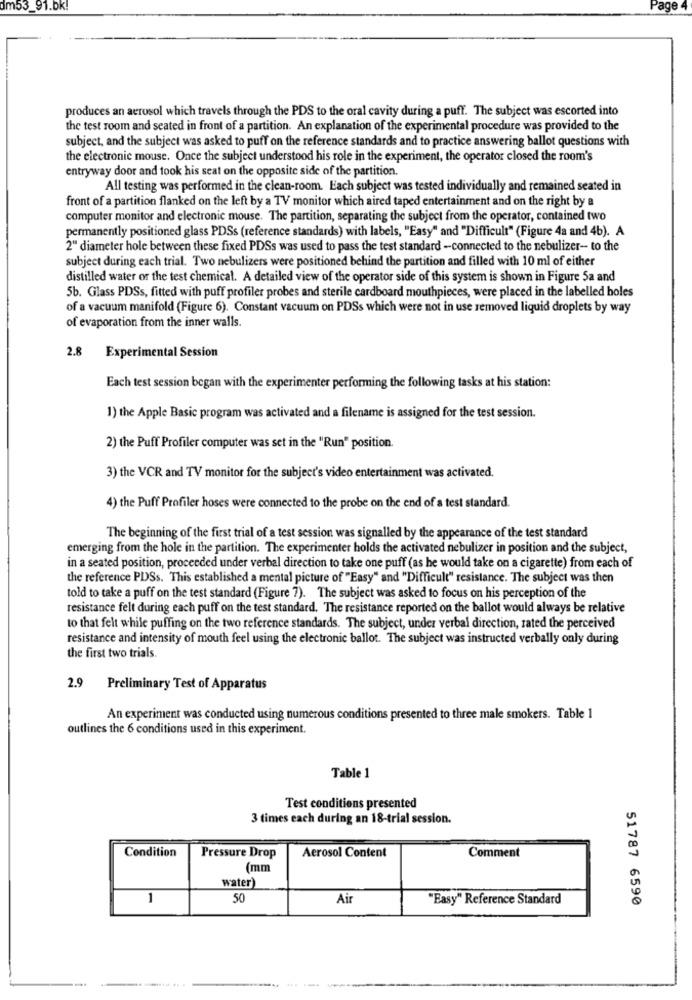
dm53_91.bk!
Page 4
produces an aerosol which travels through the PDS to the oral cavity during a puff. The subject was escorted into
the test room and seated in front of a partition. An explanation of the experimental procedure was provided to the
subject, and the subject was asked to puff on the reference standards and to practice answering ballot questions with
the electronic mouse. Once the subject understood his role in the experiment, the operator closed the room's
entryway door and took his seat on the opposite side of the partition.
All testing was performed in the clean-room. Each subject was tested individually and remained seated in
front of a partition flanked on the left by a TV monitor which aired taped entertainment and on the right by a
computer monitor and electronic mouse. The partition, separating the subject from the operator, contained two
permanently positioned glass PDSs (reference standards) with labels, "Easy" and "Difficult" (Figure 4a and 4b). A
2" diameter hole between these fixed PDSs was used to pass the test standard -connected to the nebulizer- to the
subject during each trial. Two nebulizers were positioned behind the partition and filled with 10 ml of either
distilled water or the test chemical. A detailed view of the operator side of this system is shown in Figure Sa and
5b. Glass PDSs, fitted with puff profiler probes and sterile cardboard mouthpieces, were placed in the labelled holes
of a vacuum manifold (Figure 6). Constant vacuum on PDSs which were not in use removed liquid droplets by way
of evaporation from the inner walls.
2.8 Experimental Session
Each test session began with the experimenter performing the following tasks at his station:
1) the Apple Basic program was activated and a filename is assigned for the test session.
2) the Puff Profiler computer was set in the "Run" position.
3) the VCR and TV monitor for the subject's video entertainment was activated.
4) the Puff Profiler hoses were connected to the probe on the end of a test standard.
The beginning of the first trial of a test session was signalled by the appearance of the test standard
emerging from the hole in the partition. The experimenter holds the activated nebulizer in position and the subject,
in a seated position, proceeded under verbal direction to take one puff (as he would take on a cigarette) from each of
the reference PDSs. This established a mental picture of "Easy" and "Difficult" resistance. The subject was then
told to take a puff on the test standard (Figure 7). The subject was asked to focus on his perception of the
resistance felt during each puff on the test standard. The resistance reported on the ballot would always be relative
to that felt while puffing on the two reference standards. The subject, under verbal direction, rated the perceived
resistance and intensity of mouth feel using the electronic ballot. The subject was instructed verbally only during
the first two trials.
2.9 Preliminary Test of Apparatus
An experiment was conducted using numerous conditions presented to three male smokers. Table 1
outlines the 6 conditions used in this experiment.
Table 1
Test conditions presented
3 times each during an 18-trial session.
Condition
Pressure Drop
Aerosol Content
Comment
(mm
water)
1
50
Air
"Easy" Reference Standard
51787 6590